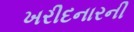
ખરીદનારની